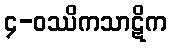
၄-ဝဿိကသာဋိက